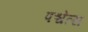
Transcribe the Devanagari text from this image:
पश्चेत्स